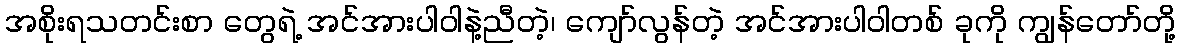
အစိုးရသတင်းစာ တွေရဲ့ အင်အားပါဝါနဲ့ညီတဲ့၊ ကျော်လွန်တဲ့ အင်အားပါဝါတစ် ခုကို ကျွန်တော်တို့